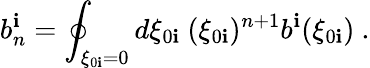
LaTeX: b_{n}^{\mathbf{i}}=\oint_{\xi_{0\mathbf{i}}=0}d\xi_{0\mathbf{i}}\ (\xi_{0\mathbf{i}})^{n+1}b^{\mathbf{i}}(\xi_{0\mathbf{i}})\ .